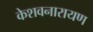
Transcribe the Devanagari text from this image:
केशवनारायण